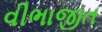
વીભાજીત